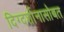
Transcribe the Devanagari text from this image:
दिग्दर्शानासोबत